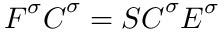
\boldsymbol { F } ^ { \sigma } \boldsymbol { C } ^ { \sigma } = \boldsymbol { S } \boldsymbol { C } ^ { \sigma } \boldsymbol { E } ^ { \sigma }